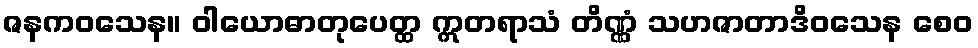
ဇနကဝသေန။ ဝါယောဓာတုပေတ္ထ ဣတရာသံ တိဏ္ဏံ သဟဇာတာဒိဝသေန စေဝ